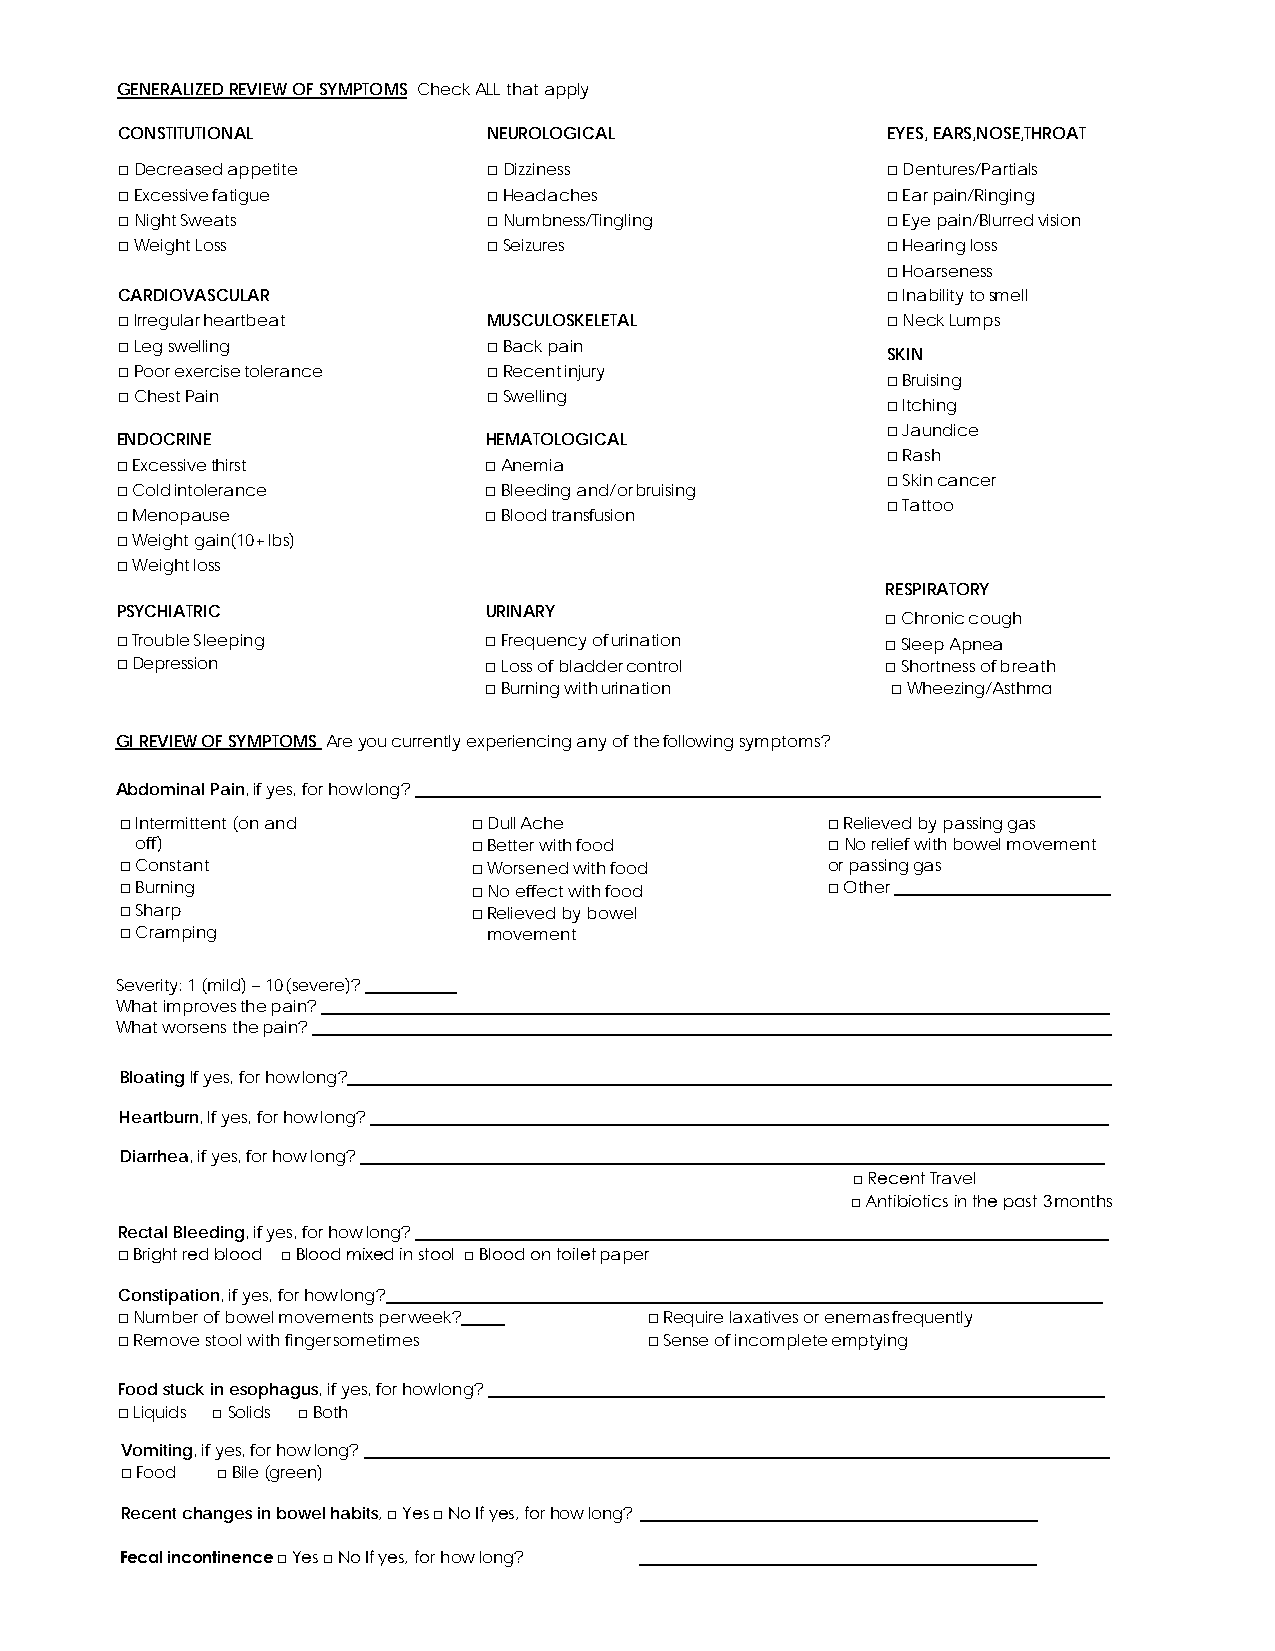
GENERALIZED REVIEW OF SYMPTOMS Check ALL that apply
 CONSTITUTIONAL          NEUROLOGICAL               EYES, EARS,NOSE,THROAT
 □Decreased appetite     □Dizziness                 □Dentures/Partials
 □Excessive fatigue      □Headaches                 □Ear pain/Ringing
 □Night Sweats           □Numbness/Tingling         □Eye pain/Blurred vision
 □Weight Loss            □Seizures                  □Hearing loss
 □Hoarseness
 CARDIOVASCULAR                                     □Inability to smell
 □Irregular heartbeat    MUSCULOSKELETAL            □Neck Lumps
 □Leg swelling           □Back pain
 SKIN
 □Poor exercise tolerance □Recent injury
 □Bruising
 □Chest Pain             □Swelling
 □Itching
 □Jaundice
 ENDOCRINE               HEMATOLOGICAL
 □Rash
 □Excessive thirst       □Anemia
 □Skin cancer
 □Cold intolerance       □Bleeding and/or bruising
 □Tattoo
 □Menopause              □Blood transfusion
 □Weight gain(10+ lbs)
 □Weight loss
 RESPIRATORY
 PSYCHIATRIC             URINARY                    □Chronic cough
 □Trouble Sleeping       □Frequency of urination    □Sleep Apnea
 □Depression             □Loss of bladder control   □Shortness of breath
 □Burning with urination    □Wheezing/Asthma
 GI REVIEW OF SYMPTOMS Are you currently experiencing any of the following symptoms?
 Abdominal Pain, if yes, for how long?
 □Intermittent (on and  □Dull Ache              □Relieved by passing gas
 off)                  □Better with food       □No relief with bowel movement
 □Constant              □Worsened with food     or passing gas
 □Burning               □No effect with food    □Other
 □Sharp                 □Relieved by bowel
 □Cramping               movement
 Severity: 1 (mild) – 10 (severe)?
 What improves the pain?
 What worsens the pain?
 Bloating If yes, for how long?
 Heartburn, If yes, for how long?
 Diarrhea, if yes, for how long?
 □Recent Travel
 □Antibiotics in the past 3 months
 Rectal Bleeding, if yes, for how long?
 □Bright red blood □ Blood mixed in stool □ Blood on toilet paper
 Constipation, if yes, for how long?
 □Number of bowel movements per week? □Require laxatives or enemas frequently
 □Remove stool with finger sometimes □Sense of incomplete emptying
 Food stuck in esophagus, if yes, for how long?
 □Liquids □ Solids □ Both
 Vomiting, if yes, for how long?
 □Food □Bile (green)
 Recent changes in bowel habits, □ Yes □ No If yes, for how long?
 Fecal incontinence □ Yes □ No If yes, for how long?